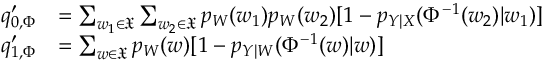
\begin{array} { r l } { q _ { 0 , \Phi } ^ { \prime } } & { = \sum _ { w _ { 1 } \in \mathfrak { X } } \sum _ { w _ { 2 } \in \mathfrak { X } } p _ { W } ( w _ { 1 } ) p _ { W } ( w _ { 2 } ) [ 1 - p _ { Y | X } ( \Phi ^ { - 1 } ( w _ { 2 } ) | w _ { 1 } ) ] } \\ { q _ { 1 , \Phi } ^ { \prime } } & { = \sum _ { w \in \mathfrak { X } } p _ { W } ( w ) [ 1 - p _ { Y | W } ( \Phi ^ { - 1 } ( w ) | w ) ] } \end{array}